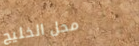
محل الخليج